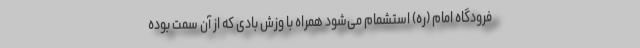
فرودگاه امام (ره) استشمام می‌شود همراه با وزش بادی که از آن سمت بوده